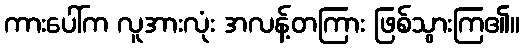
ကားပေါ်က လူအားလုံး အလန့်တကြား ဖြစ်သွားကြ၏။